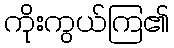
ကိုးကွယ်ကြ၏